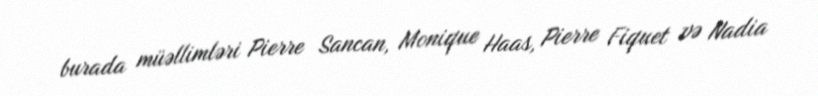
burada müəllimləri Pierre Sancan, Monique Haas, Pierre Fiquet və Nadia